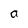
Character: a